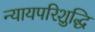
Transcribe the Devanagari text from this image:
न्यायपरिशुद्धि